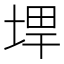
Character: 𪣨